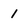
Character: 1